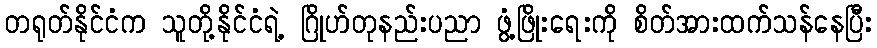
တရုတ်နိုင်ငံက သူတို့နိုင်ငံရဲ့ ဂြိုဟ်တုနည်းပညာ ဖွံ့ဖြိုးရေးကို စိတ်အားထက်သန်နေပြီး